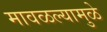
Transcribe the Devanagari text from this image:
मावळल्यामुळे